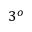
3 ^ { o }